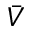
\bar { V }